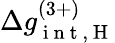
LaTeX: \Delta g_{\mathrm{~i~n~t~,~H~}}^{(3+)}